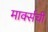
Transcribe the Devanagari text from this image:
मार्क्सची